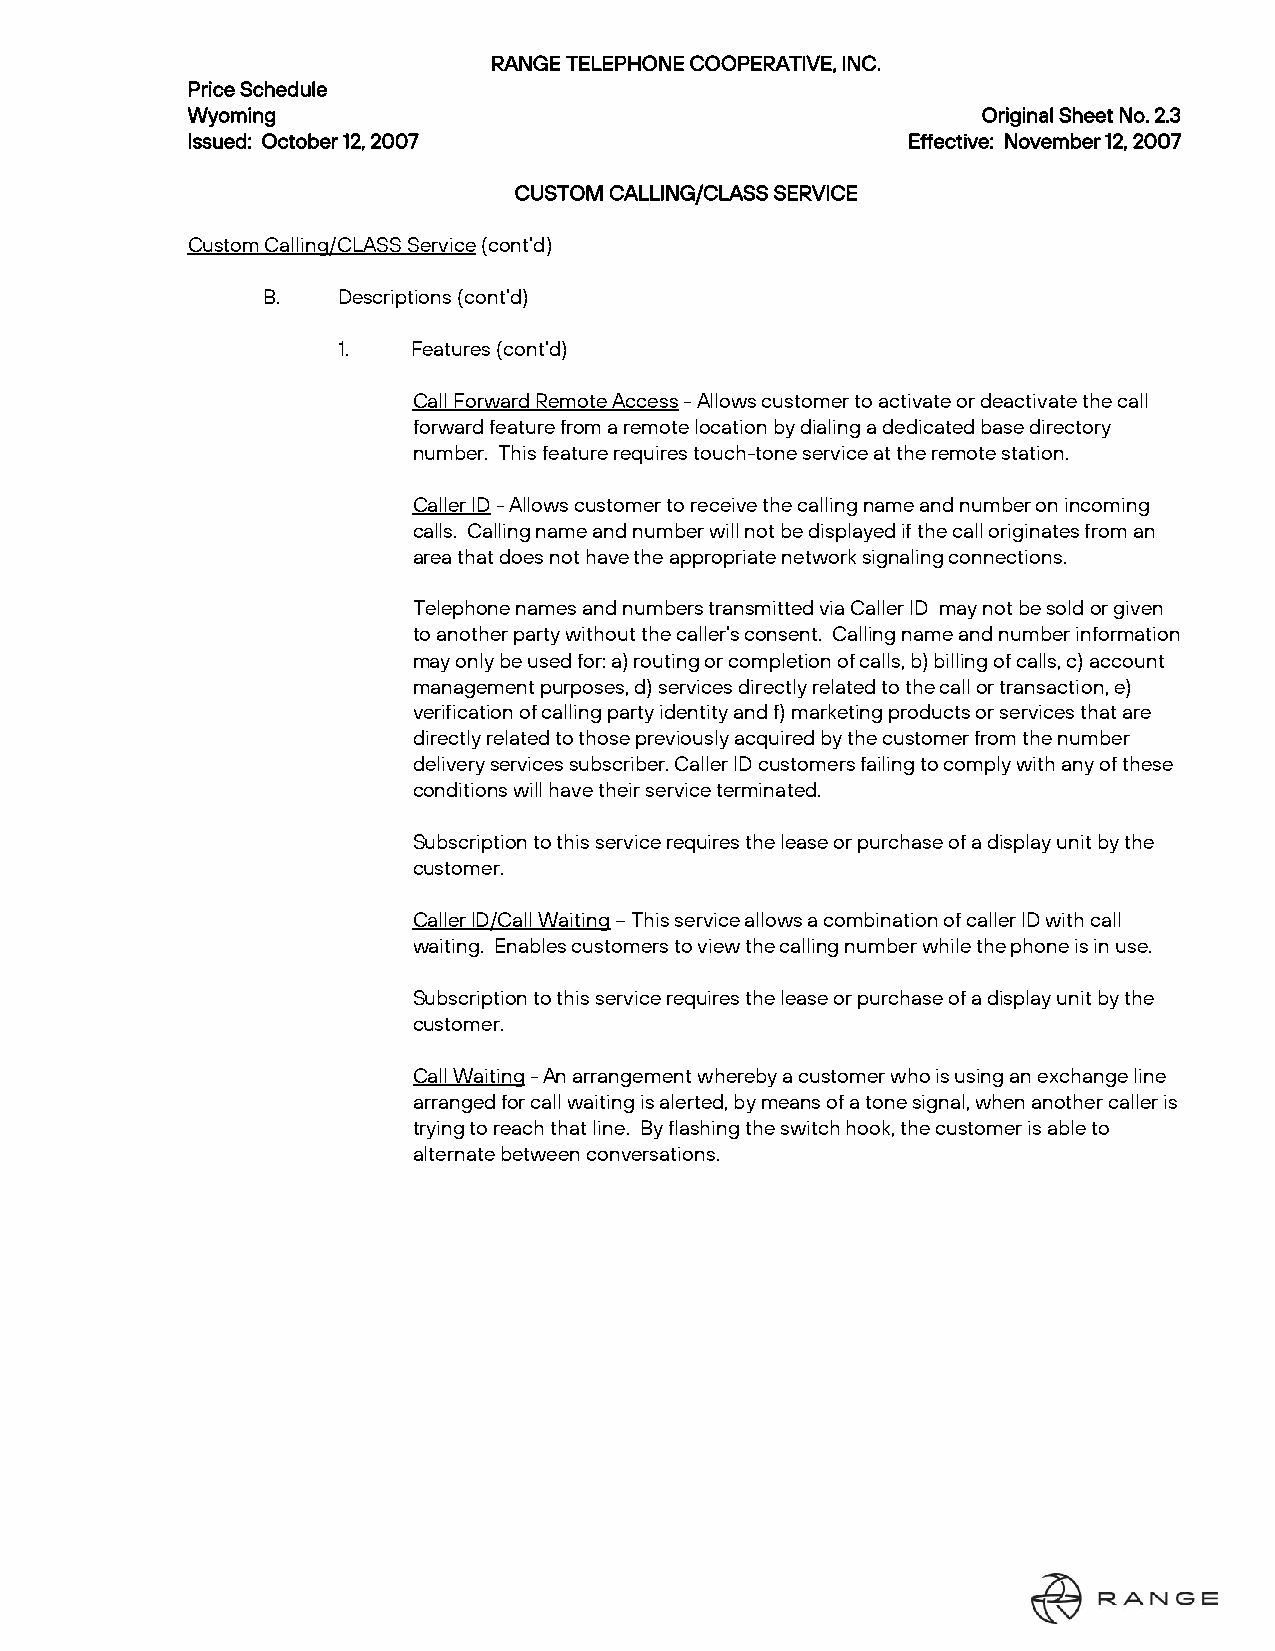
RANGE TELEPHONE COOPERATIVE, INC.
 Price Schedule
 Wyoming                                              Original Sheet No. 2.3
 Issued: October 12, 2007                        Effective: November 12, 2007
 CUSTOM CALLING/CLASS SERVICE
 Custom Calling/CLASS Service (cont’d)
 B.   Descriptions (cont’d)
 1.   Features (cont’d)
 Call Forward Remote Access - Allows customer to activate or deactivate the call
 forward feature from a remote location by dialing a dedicated base directory
 number. This feature requires touch-tone service at the remote station.
 Caller ID - Allows customer to receive the calling name and number on incoming
 calls. Calling name and number will not be displayed if the call originates from an
 area that does not have the appropriate network signaling connections.
 Telephone names and numbers transmitted via Caller ID may not be sold or given
 to another party without the caller’s consent. Calling name and number information
 may only be used for: a) routing or completion of calls, b) billing of calls, c) account
 management purposes, d) services directly related to the call or transaction, e)
 verification of calling party identity and f) marketing products or services that are
 directly related to those previously acquired by the customer from the number
 delivery services subscriber. Caller ID customers failing to comply with any of these
 conditions will have their service terminated.
 Subscription to this service requires the lease or purchase of a display unit by the
 customer.
 Caller ID/Call Waiting – This service allows a combination of caller ID with call
 waiting. Enables customers to view the calling number while the phone is in use.
 Subscription to this service requires the lease or purchase of a display unit by the
 customer.
 Call Waiting - An arrangement whereby a customer who is using an exchange line
 arranged for call waiting is alerted, by means of a tone signal, when another caller is
 trying to reach that line. By flashing the switch hook, the customer is able to
 alternate between conversations.